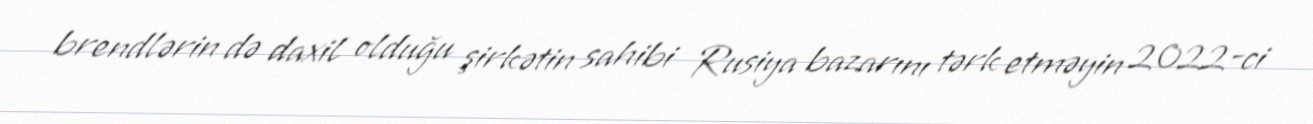
brendlərin də daxil olduğu şirkətin sahibi Rusiya bazarını tərk etməyin 2022-ci